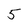
Character: 5